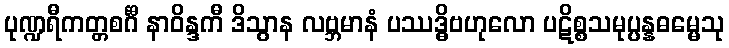
ပုဏ္ဍရီကတ္တစင်္ဂီ နာဝိန္ဒကီ ဒိသွာန လဗ္ဘမာနံ ပဿဒ္ဓိဗဟုလော ပဋိစ္စသမုပ္ပန္နဓမ္မေသု